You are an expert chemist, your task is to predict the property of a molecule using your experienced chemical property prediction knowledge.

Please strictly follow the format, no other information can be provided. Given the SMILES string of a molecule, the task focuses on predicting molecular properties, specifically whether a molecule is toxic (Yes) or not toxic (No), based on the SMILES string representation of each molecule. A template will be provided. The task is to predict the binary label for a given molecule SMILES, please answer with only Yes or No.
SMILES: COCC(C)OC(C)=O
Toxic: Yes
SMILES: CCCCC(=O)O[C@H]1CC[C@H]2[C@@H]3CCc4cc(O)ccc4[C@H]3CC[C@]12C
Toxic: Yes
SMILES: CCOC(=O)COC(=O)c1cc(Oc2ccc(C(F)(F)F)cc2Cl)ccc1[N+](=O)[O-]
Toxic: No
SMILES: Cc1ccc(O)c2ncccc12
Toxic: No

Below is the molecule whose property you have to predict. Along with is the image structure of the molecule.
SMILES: CC1(C)CCC(Cc2ccc(Cl)cc2)C1(O)Cn1cncn1
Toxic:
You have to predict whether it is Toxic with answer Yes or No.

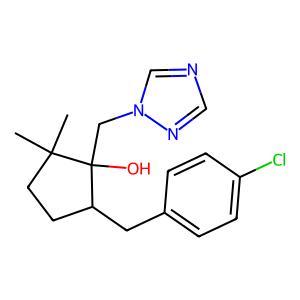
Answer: No